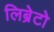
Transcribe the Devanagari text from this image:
लिब्रेटो